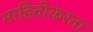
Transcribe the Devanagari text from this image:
माहितीकरता